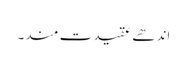
اندھے عقیدت مند۔